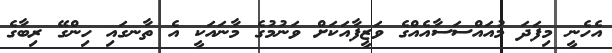
އެހެނީ މިފަދަ މުއައްސަސާއެއްގެ ވަޒީފާއަކަށް ވަނުމުގެ މާނައަކީ އެ ތާނގައި ހިންގޭ ރިބާގެ